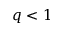
q < 1